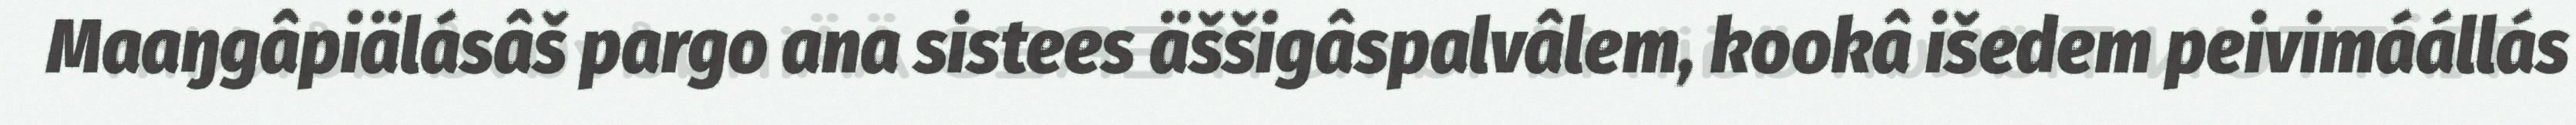
Maaŋgâpiälásâš pargo ana sistees äššigâspalvâlem, kookâ išedem peivimáállás